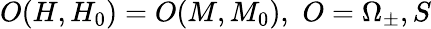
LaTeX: O(H,H_{0})=O(M,M_{0}),\, \, O=\Omega_{\pm},S